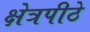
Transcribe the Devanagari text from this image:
क्षेत्रपीठे